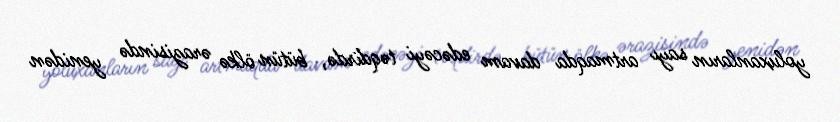
yoluxanların sayı artmaqda davam edəcəyi təqdirdə, bütün ölkə ərazisində yenidən